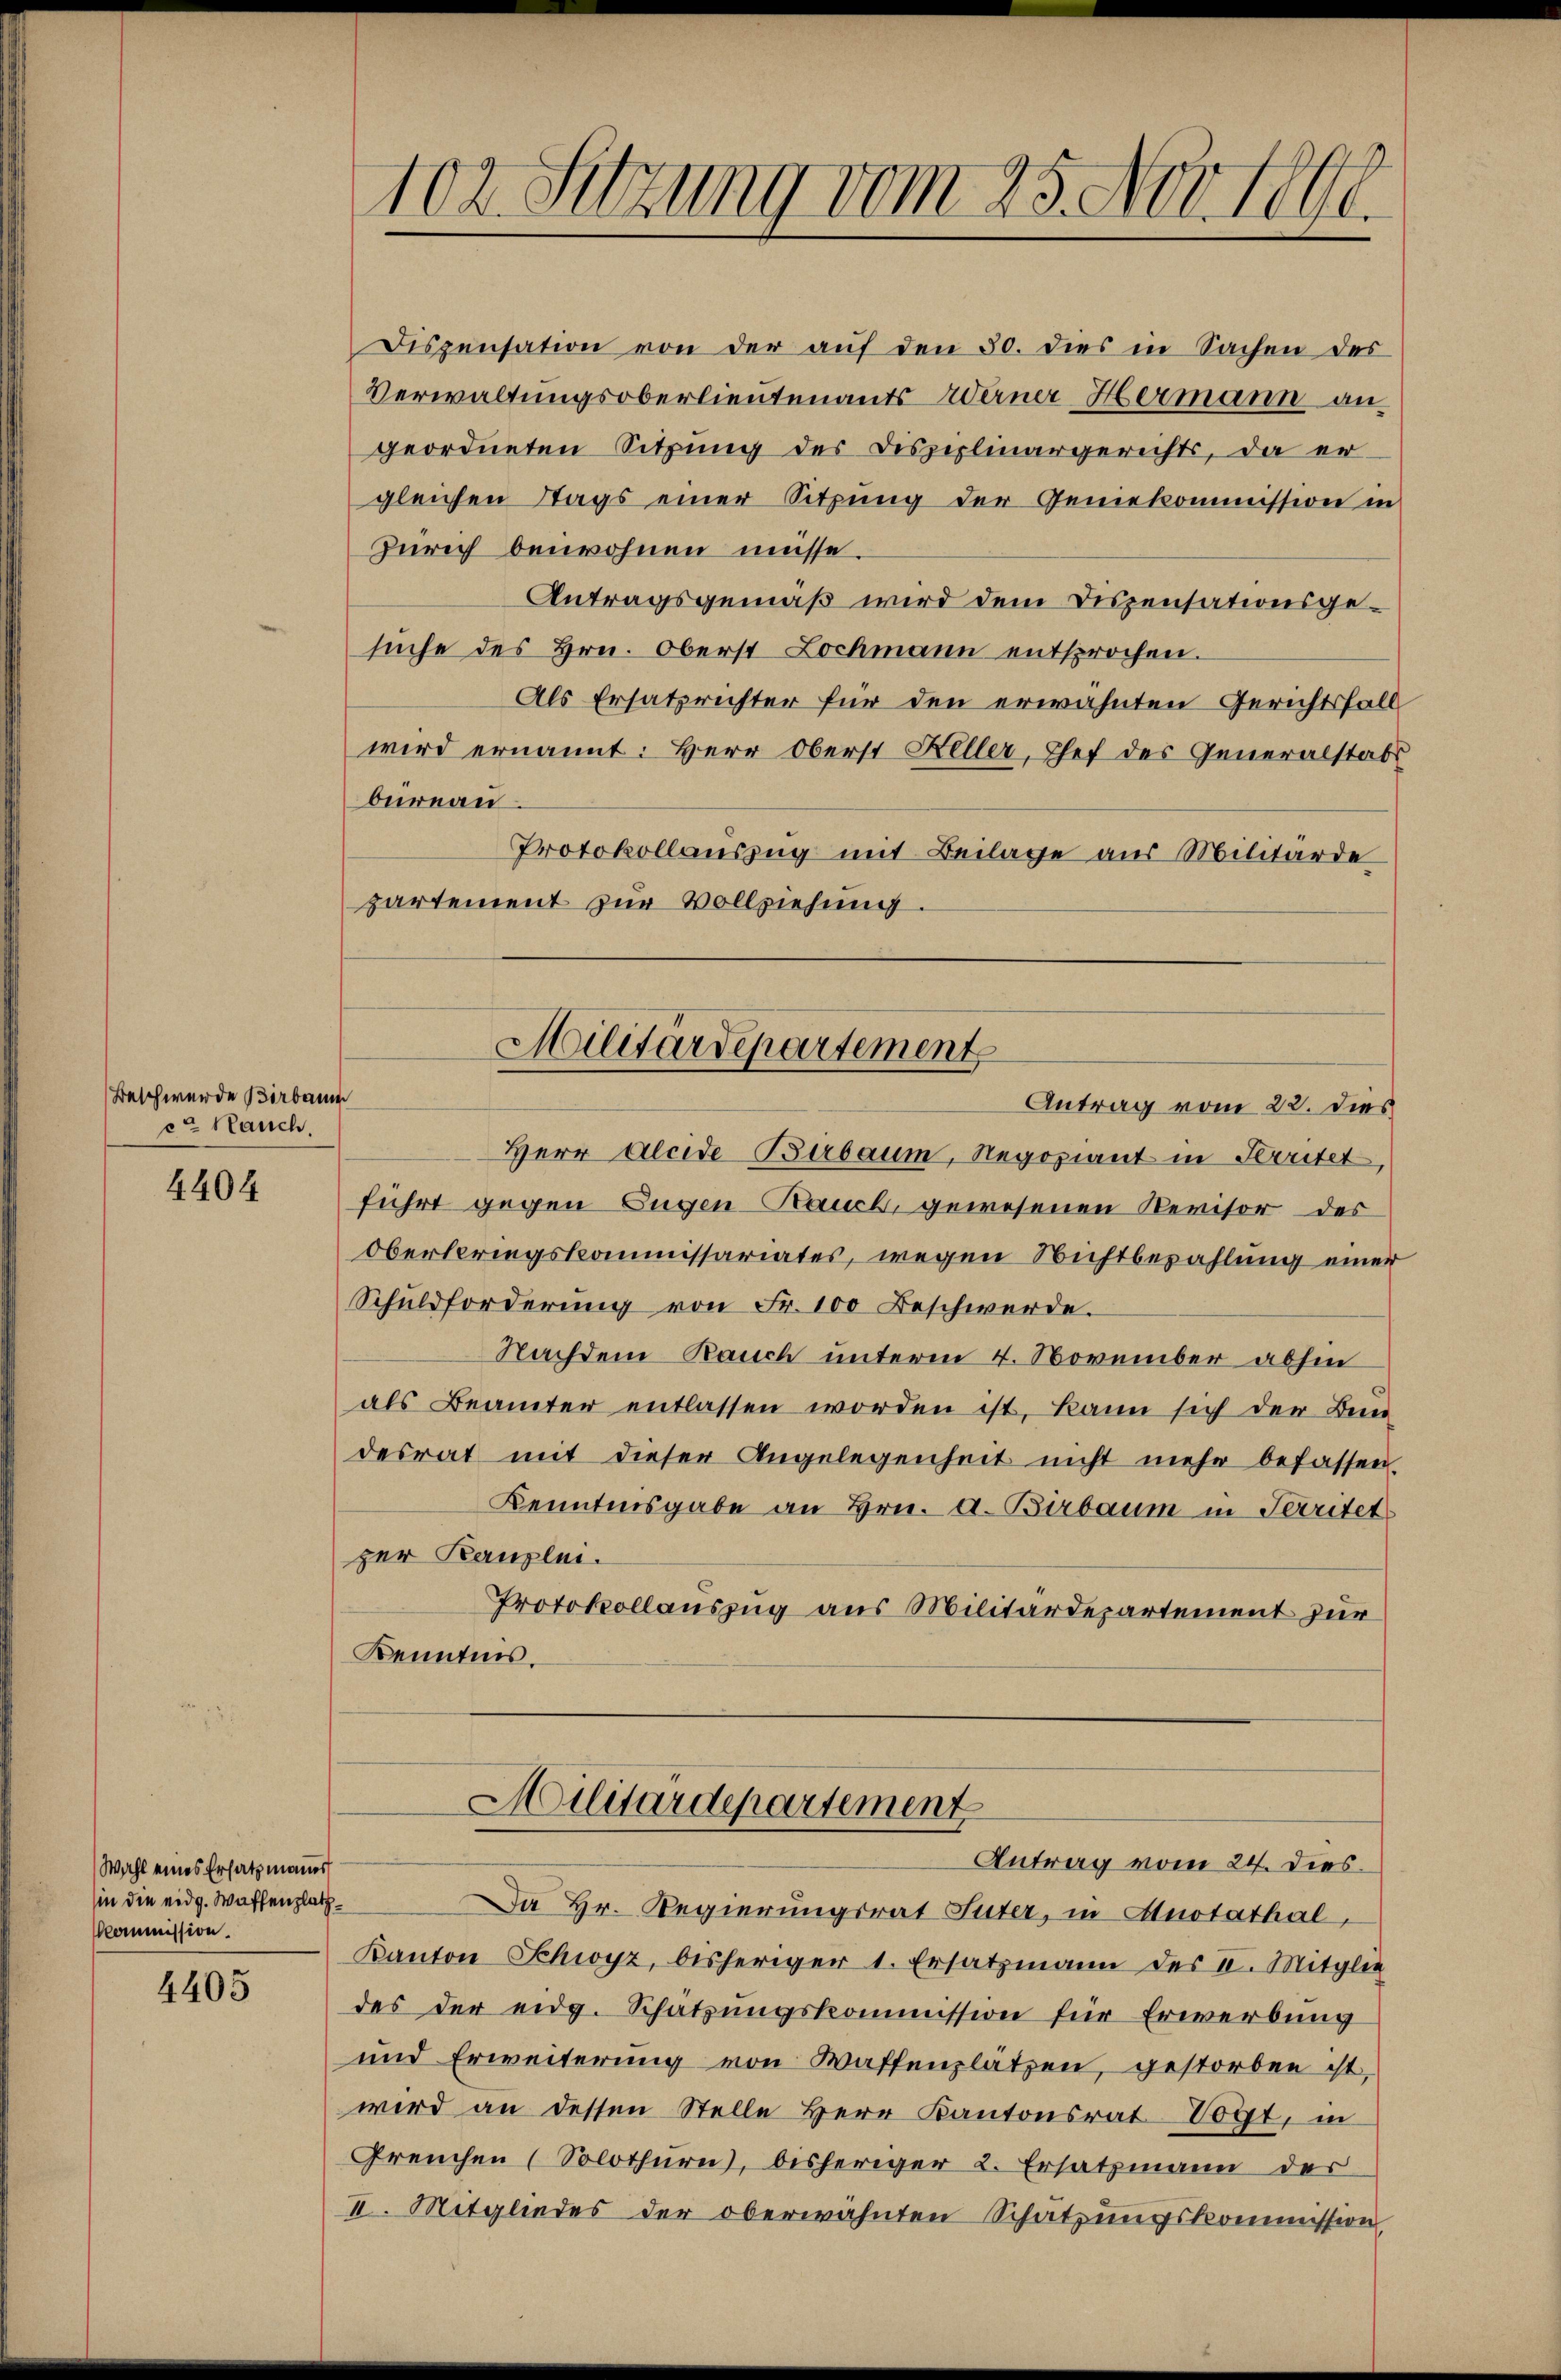
Beschwerde Birbaum
et Hauch.

4404

Wahl eines Ersatzmannes
sin die eidg. Waffenplath¬
Kommission.

4405

Dispensation von der auf den 30. dies in Sachen des
Verwaltungsoberlieutenants Werner Hermann angeordneten Sitzung des Disziplinargerichts, da er-
gleichen Stags einer Sitzung der Geniekommission in
Zürich beiwohnen müsse.
Antragsgemäß wird dem Dispensationsgesuche des Hrn. Oberst Lochmann entsprochen.
Als Ersatzrichter für den erwähnten Gerichtsfall
wird ernannt: Herr Oberst Heller, Chef des Generalstabs
bureau
Protokollauszug mit Beilage aus Militärde
partement zur Vollziehung.

102. Sitzung vom 25. Nov. 1890.

Militärdepartement
Antrag vom 22. dies

Herr Aleide Barbaum, Regoziant in Herritet,
führt gegen Eugen-Rauch, gewesenen Revisor des
Oberbringskommissariates, wegen Nichtbezahlung einer
Schuldforderŭng von Fr. 100 Beschwerde.
Nachdem Rauch unterm 4. November abhin
als Beamter entlassen worden ist, kann sich der Ben
desrat mit dieser Angelegenheit nicht mehr befassen.
Kenntnisgabe an Hrn. a. Birbaum in Territet
zer Kanzlei.
Protokollauszug aus Militärdepartement zur
Kenntnis.

Militärdepartement
Antrag vom 24. dies

Da Hr. Regierungsrat Suter, in Anstathal,
Kanton Schwyz, bisheriger 1. Ersatzmann des II. Mitglie
des der eidg. Schatzŭngskommission für Erwerbŭng
und Erweiterung von Waffenplätzen, gestorben ist,
wird an dessen Stelle Herr Kantonsrat Vogt, in
Preuchen (Solothurn, bisheriger 2. Ersatzmann der
II. Mitgliedes der oberwähnten Schätzungskommission,